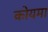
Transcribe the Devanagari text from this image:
कोयमा